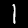
Label: 1